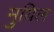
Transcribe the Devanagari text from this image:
मुयिल